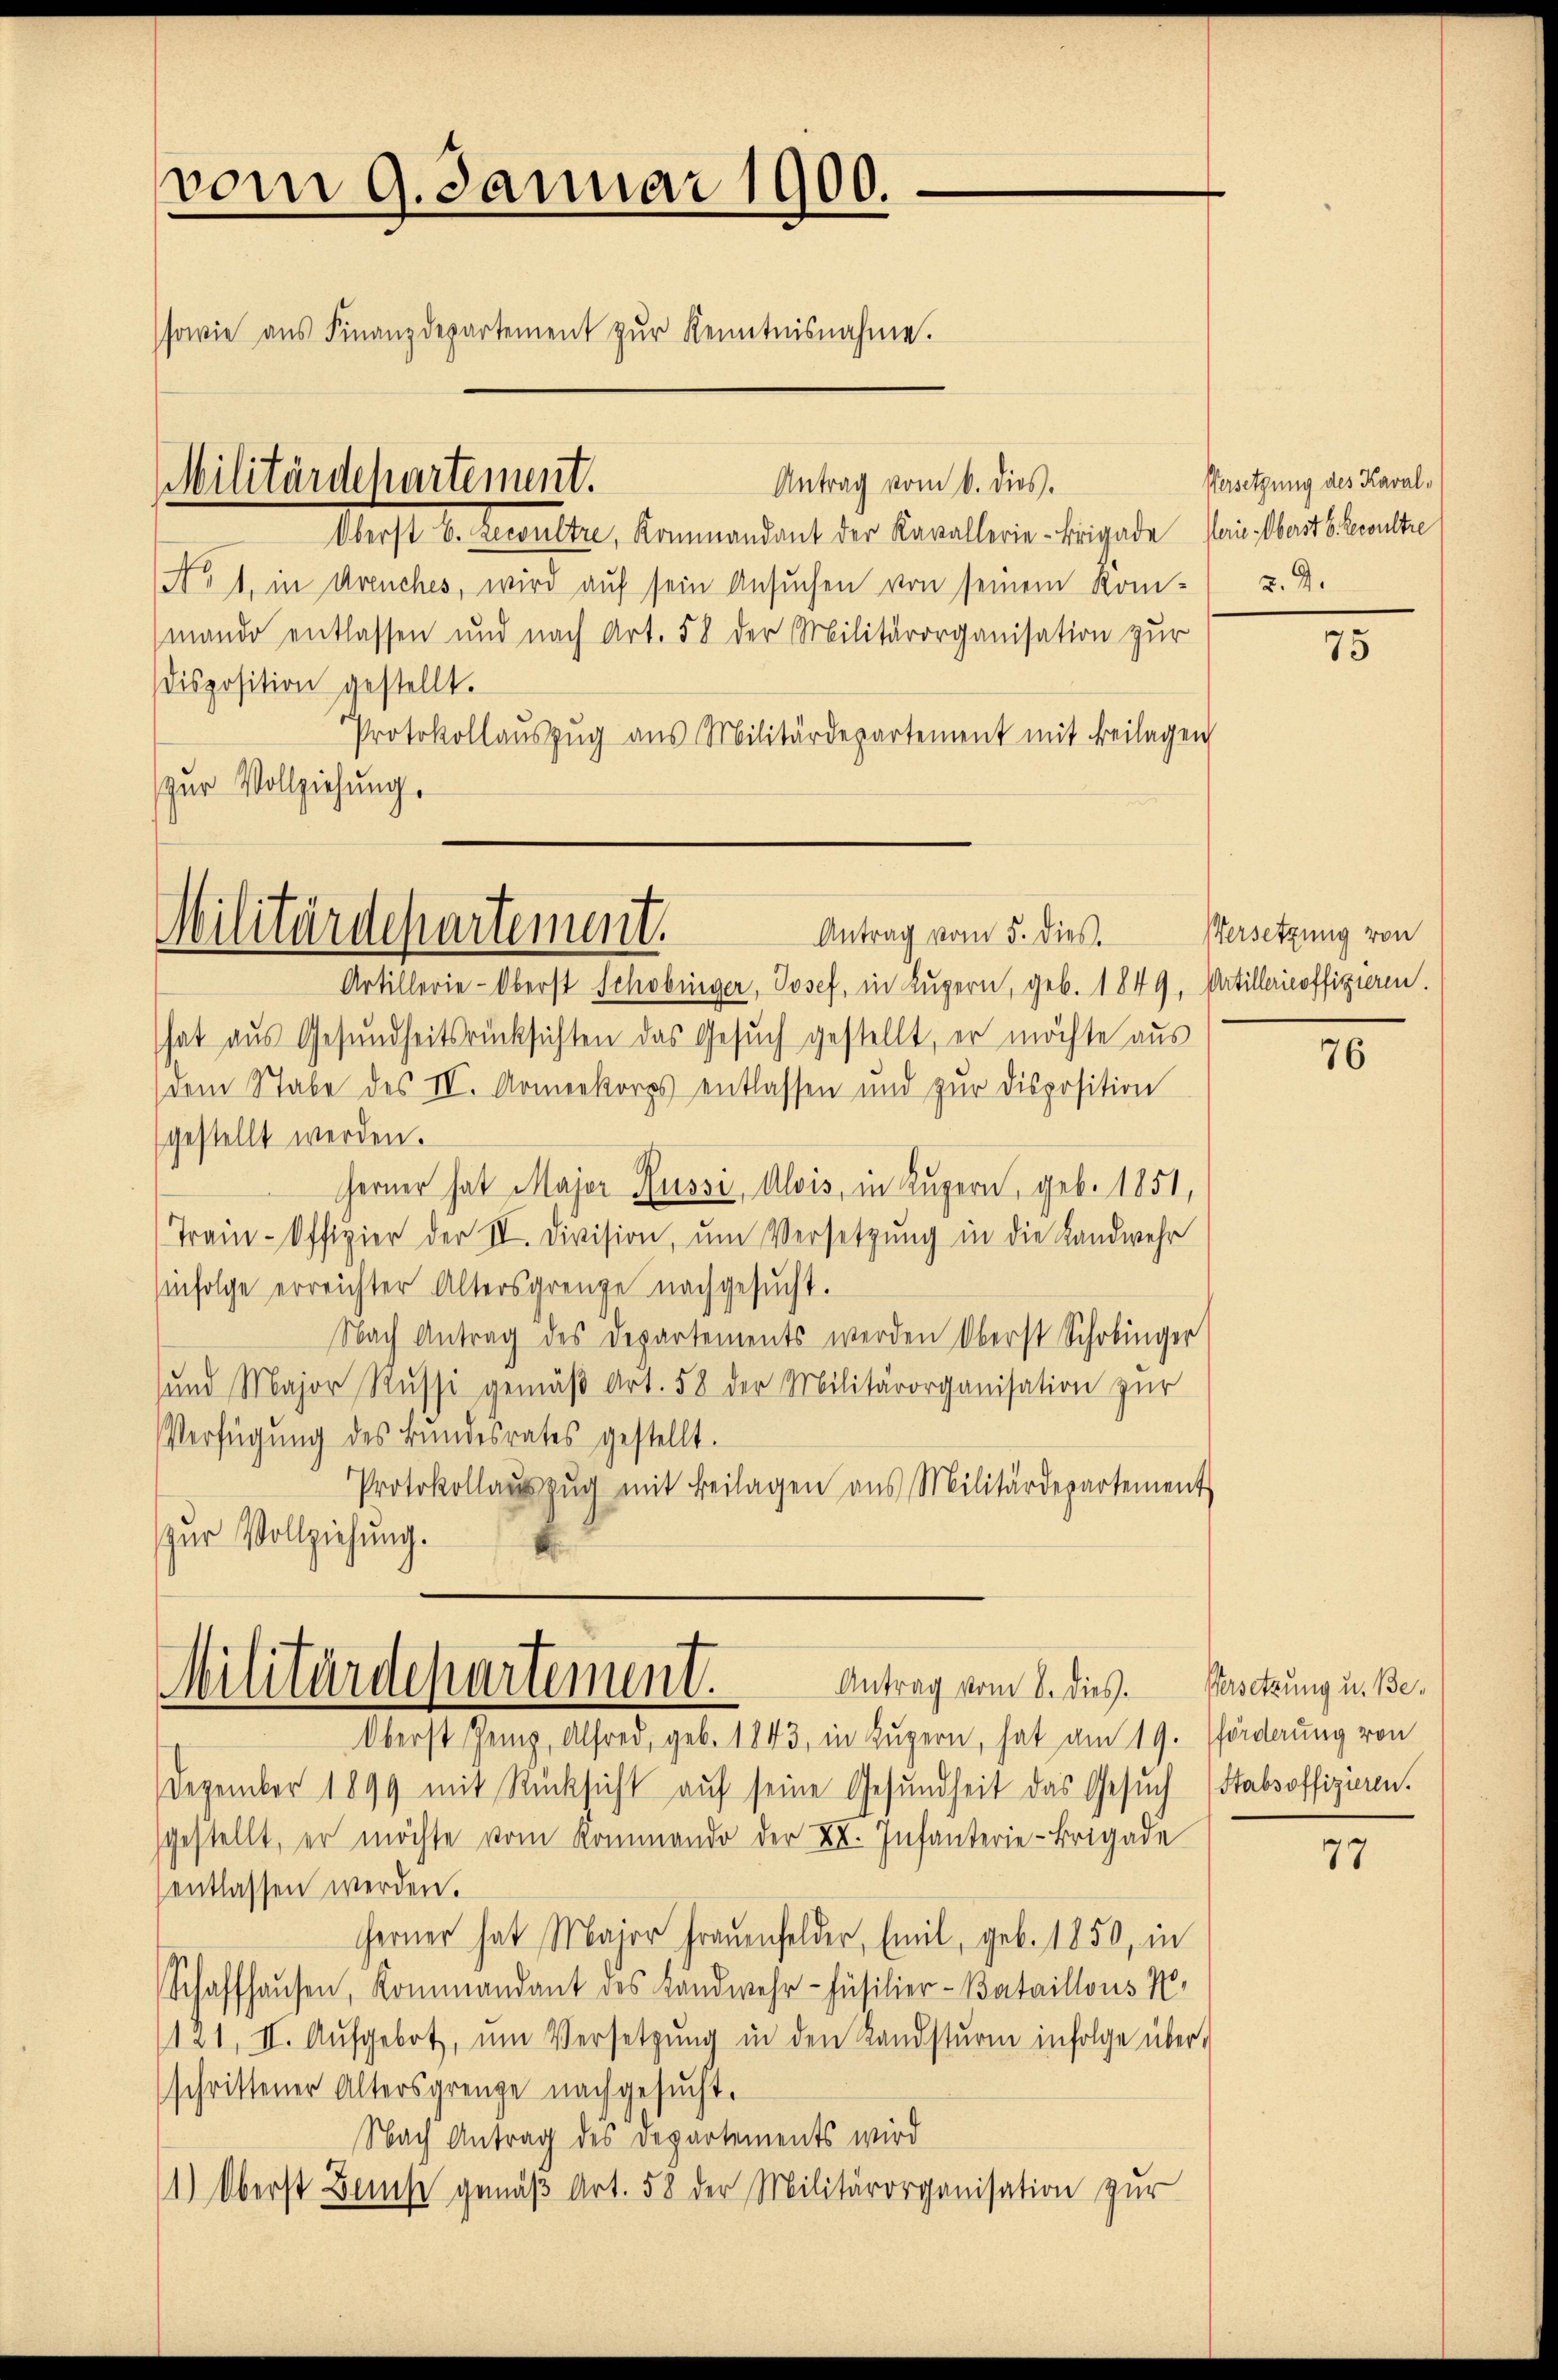
vom 9. Januar 1900.
sowie aŭs Finanzdepartement zŭr Kenntnisnahme.

Antrag vom 6. dies.
Oberst B. Lewultre, Kommandant der Kavallerie-Brigade Perie-Oberst b. Resultie
No 1. in Kreuches, wird aŭf sein Ansŭchen von seinem Kom-
mando entlassen und nach Art. 58 der Militärorganisation zur
Disposition gestellt.
Protokollauszug aus Militärdepartement mit Beilagen
zur Vollziehung.

Militärdepartement.

Militärdepartement.
Antrag vom 5. dies

Artillerie-Oberst Schobinger, Josef, in Luzern, geb. 1849, Artillericoffigieren.
hat aus Gesundheitsrücksichten das Gesuch gestellt, er möchte aus
dem Stabe des IV. Armeekorps entlassen und zur Disposition
gestellt werden.
Ferner hat Major Russi, Alois, in Luzern, geb. 1851,
Train-Offizier der IV. Division, ŭm Versetzŭng in die Landwehr
hinfolge erreichter Altersgrenze nachgesucht.
Nach Antrag des Departements werden Oberst Schobinger
und Major Russi gemäβ Art. 58 der Militärorganisation zur
Verfügung des Bundesrates gestellt.
Protokollaŭszŭg mit Beilagen aus Militärdepartement
zur Vollziehung.

Militärdepartement.
Antrag vom 8. dies. Versetzung u. Be¬

Oberst Jemp, Alfred, geb. 1843, in Luzern, hat am 19. förderung von
Dezember 1899 mit Rücksicht auf seine Gesundheit das Gesuch (Stabsoffizieren.
sgestellt, er möchte vom Kommando der XX. Infanterie-Brigade
entlassen werden.
Ferner hat Major Frauenfelder, (mit, geb. 1850, in
Schaffhausen, Kommandant des Landwehr-Füsilier-Bataillons N
121, II. Aŭfgebot, ŭm Versetzŭng in den Landstŭrm infolge über-
schrittener Altersgrenze nachgesucht.
Nach Antrag des Departements wird
1.) Oberst Benke gemäß Art. 58 der Militärorganisation zur

Versetzung des Kaval¬
§. 9.

75

Versetzung von

76

77